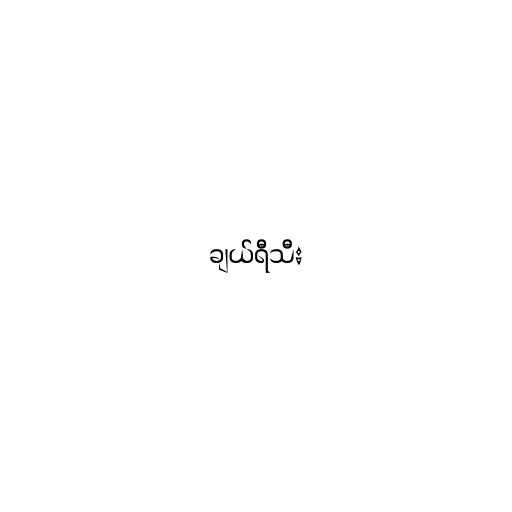
ချယ်ရီသီး